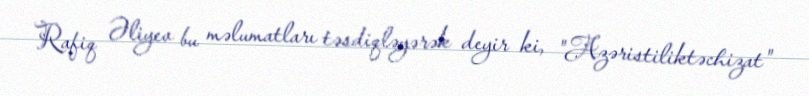
Rafiq Əliyev bu məlumatları təsdiqləyərək deyir ki, "Azəristiliktəchizat"